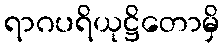
ရာဂပရိယုဋ္ဌိတောမှိ